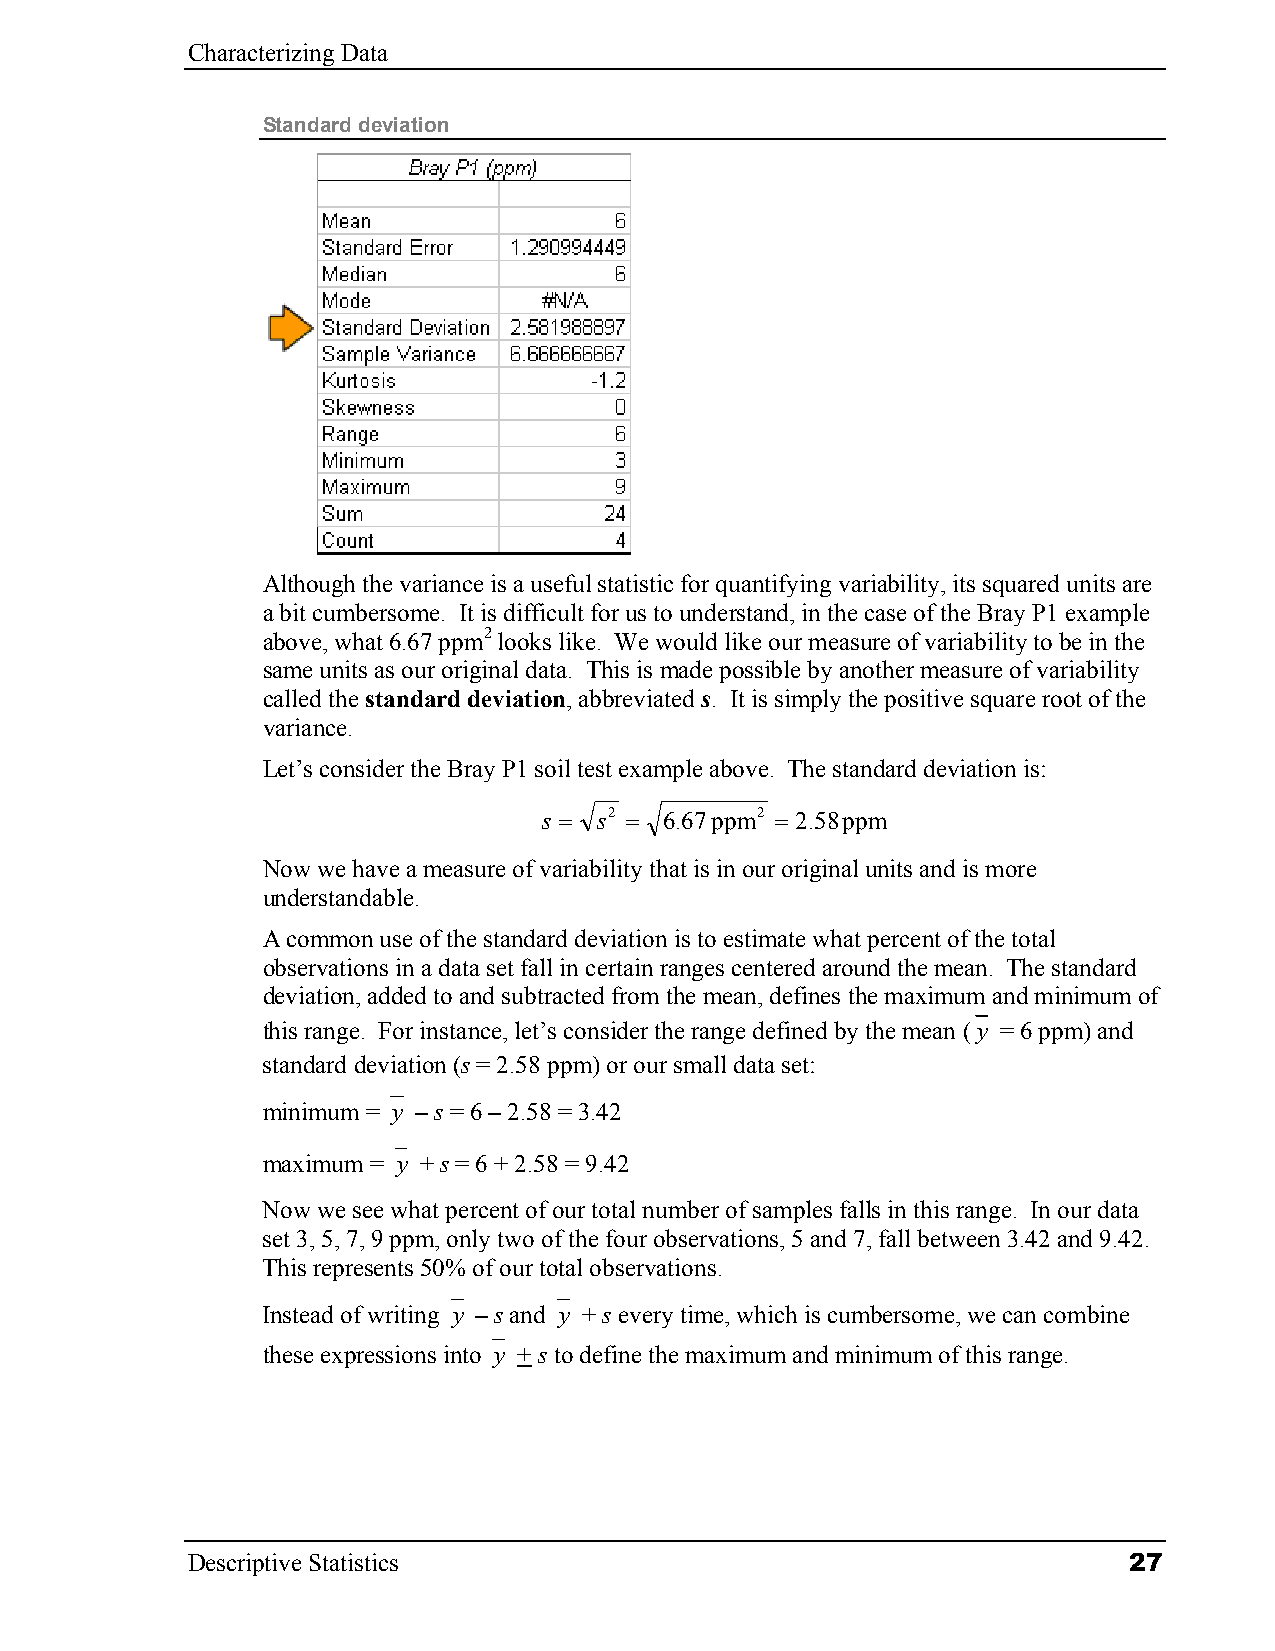
Characterizing Data
 Standard deviation
 Although the variance is a useful statistic for quantifying variability, its squared units are
 a bit cumbersome. It is difficult for us to understand, in the case of the Bray P1 example
 above, what 6.67 ppm2 looks like. We would like our measure of variability to be in the
 same units as our original data. This is made possible by another measure of variability
 called the standard deviation, abbreviated s. It is simply the positive square root of the
 variance.
 Let’s consider the Bray P1 soil test example above. The standard deviation is:
 s = s2 = 6.67 ppm2 = 2.58ppm
 Now we have a measure of variability that is in our original units and is more
 understandable.
 A common use of the standard deviation is to estimate what percent of the total
 observations in a data set fall in certain ranges centered around the mean. The standard
 deviation, added to and subtracted from the mean, defines the maximum and minimum of
 this range. For instance, let’s consider the range defined by the mean (y = 6 ppm) and
 standard deviation (s = 2.58 ppm) or our small data set:
 minimum = y – s = 6 – 2.58 = 3.42
 maximum = y + s = 6 + 2.58 = 9.42
 Now we see what percent of our total number of samples falls in this range. In our data
 set 3, 5, 7, 9 ppm, only two of the four observations, 5 and 7, fall between 3.42 and 9.42.
 This represents 50% of our total observations.
 Instead of writing y – s and y + s every time, which is cumbersome, we can combine
 these expressions into y + s to define the maximum and minimum of this range.
 Descriptive Statistics                                         27